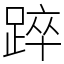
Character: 踤